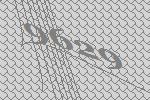
9629